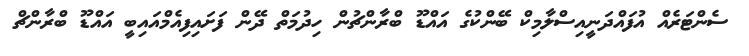
ސެންޓަރެއް އުފައްދަނީއިސްލާމިކް ބޭންކުގެ އައްޑޫ ބްރާންޗުން ހިދުމަތް ދޭން ފަށައިފިއެމްއައިބީ އައްޑޫ ބްރާންޗް